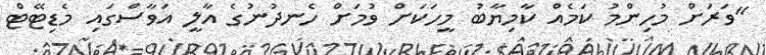
"ވަރަށް މުހިންމު ކަމެއް ކާމިޔާބު މީހަކަށް ވުމަށް ހެނދުނުގެ އާލީ އަވާސްގައި މެޑިޓޭޓް